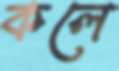
কলে